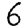
Digit: 6